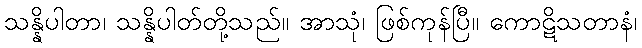
သန္နိပါတာ၊ သန္နိပါတ်တို့သည်။ အာသုံ၊ ဖြစ်ကုန်ပြီ။ ကောဋိသတာနံ၊